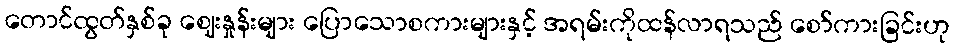
တောင်ထွတ်နှစ်ခု ဈေးနှုန်းများ ပြောသောစကားများနှင့် အရမ်းကိုထန်လာရသည် စော်ကားခြင်းဟု